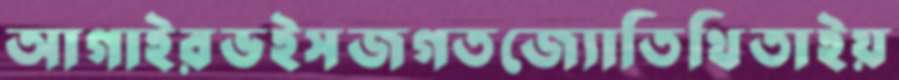
আগাইরভইসজগতজ্যোতিথিতাইয়